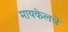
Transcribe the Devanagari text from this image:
मायकेलचे